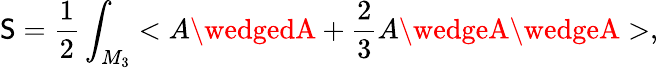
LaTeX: \mathsf{S}=\frac{{1}}{{2}}\int_{M_{3}}<A\wedgedA+\frac{{2}}{{3}}A\wedgeA\wedgeA>,